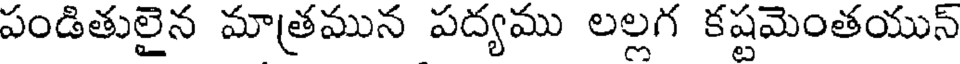
పండితులైన మాత్రమున పద్యము లల్లగ కష్టమెంతయున్